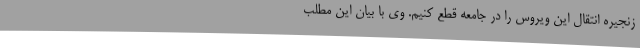
زنجیره انتقال این ویروس را در جامعه قطع کنیم. وی با بیان این مطلب